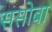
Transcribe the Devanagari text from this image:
ससोबा